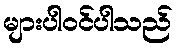
များပါဝင်ပါသည်